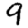
Digit: 9